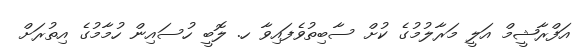
އަފްރާޝީމް އަލީ މަރާލުމުގެ ކުށް ސާބިތުވެފައިވާ ހ. ލޮބީ ހުސައިން ހުމާމުގެ އިތުރަށް